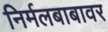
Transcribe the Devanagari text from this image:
निर्मलबाबावर